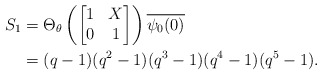
\begin{align*}S_{1} &= \Theta_{\theta} \left (\begin{bmatrix} 1 & X \\ 0 & 1 \end{bmatrix}\right ) \overline{\psi_{0}(0)} \\&= (q-1)(q^{2}-1)(q^{3}-1)(q^4-1)(q^5-1). \end{align*}